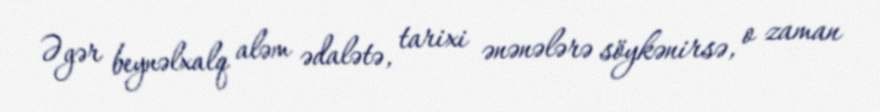
Əgər beynəlxalq aləm ədalətə, tarixi ənənələrə söykənirsə, o zaman